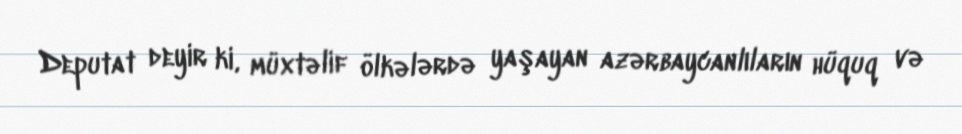
Deputat deyir ki, müxtəlif ölkələrdə yaşayan azərbaycanlıların hüquq və